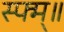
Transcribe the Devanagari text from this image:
स्फ्म्॥